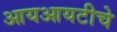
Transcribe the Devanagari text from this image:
आयआयटीचे